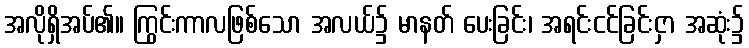
အလိုရှိအပ်၏။ ကြွင်းကာလဖြစ်သော အလယ်၌ မာနတ် ပေးခြင်း၊ အရင်းငင်ခြင်းငှာ အဆုံး၌